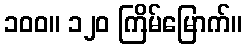
၁၀၀။ ၁၂၀ ကြိမ်မြောက်။